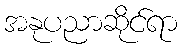
အနုပညာဆိုင်ရာ